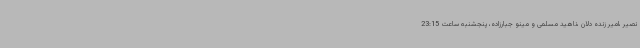
نصیر ،امیر زنده دلان ،ناهید مسلمی و مینو جبارزاده، پنجشنبه ساعت 23:15